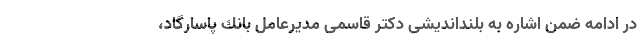
در ادامه ضمن اشاره به بلنداندیشی دكتر قاسمی مدیرعامل بانك پاسارگاد،